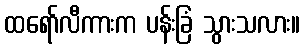
ထရော်လီကားက ပန်းခြံ သွားသလား။